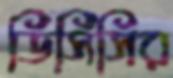
ডিসিসির